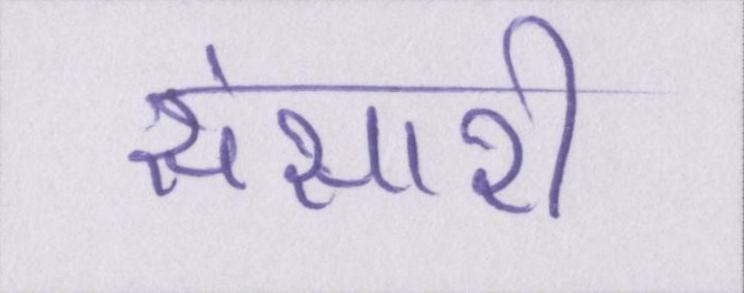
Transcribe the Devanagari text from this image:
संसारी